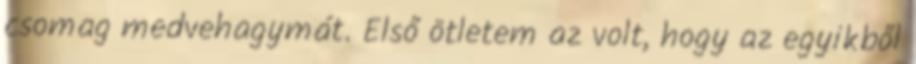
csomag medvehagymát. Első ötletem az volt, hogy az egyikből